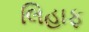
લિહાફ